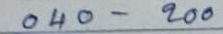
040 - 200